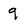
Character: 9